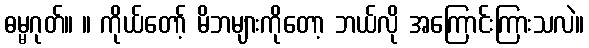
ဓမ္မဂုတ်။ ။ ကိုယ်တော့် မိဘများကိုတော့ ဘယ်လို အကြောင်းကြားသလဲ။